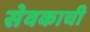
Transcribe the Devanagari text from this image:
सेवकाची